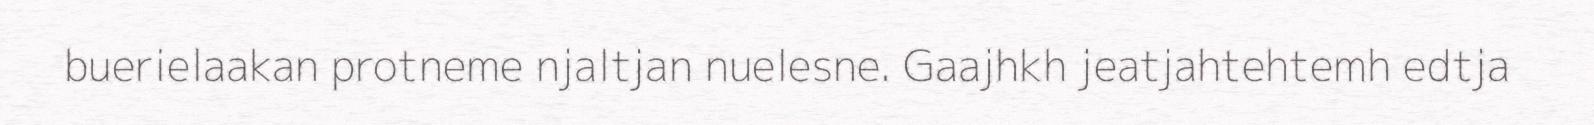
buerielaakan protneme njaltjan nuelesne. Gaajhkh jeatjahtehtemh edtja